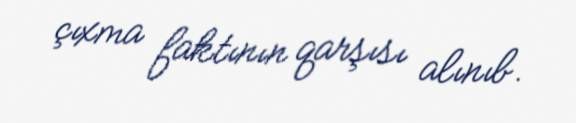
çıxma faktının qarşısı alınıb.